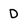
Character: D